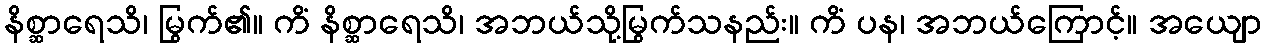
နိစ္ဆာရေသိ၊ မြွက်၏။ ကိံ နိစ္ဆာရေသိ၊ အဘယ်သို့မြွက်သနည်း။ ကိံ ပန၊ အဘယ်ကြောင့်။ အယျော